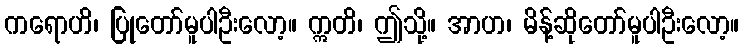
ကရောဟိ၊ ပြုတော်မူပါဦးလော့။ ဣတိ၊ ဤသို့။ အာဟ၊ မိန့်ဆိုတော်မူပါဦးလော့။